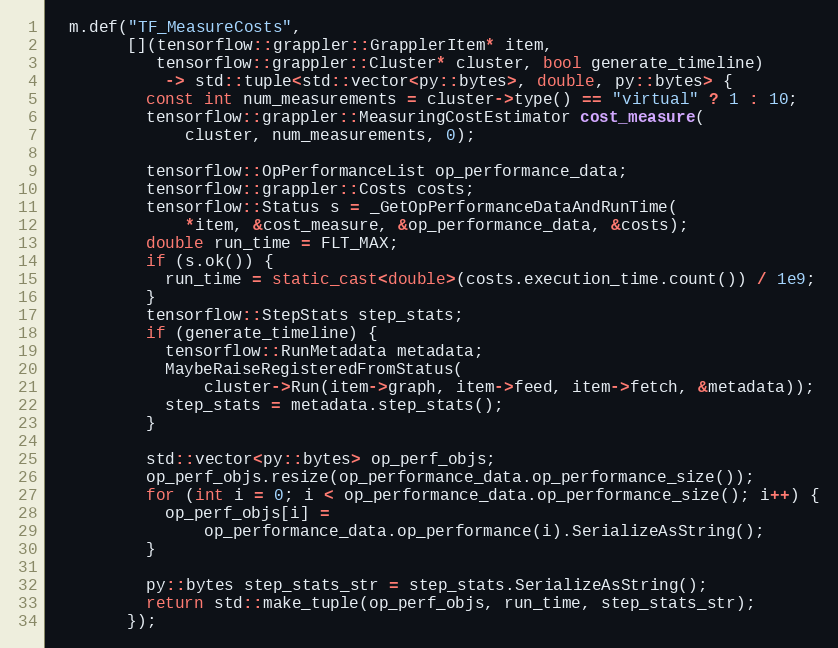
Language: C++
  m.def("TF_MeasureCosts",
        [](tensorflow::grappler::GrapplerItem* item,
           tensorflow::grappler::Cluster* cluster, bool generate_timeline)
            -> std::tuple<std::vector<py::bytes>, double, py::bytes> {
          const int num_measurements = cluster->type() == "virtual" ? 1 : 10;
          tensorflow::grappler::MeasuringCostEstimator cost_measure(
              cluster, num_measurements, 0);

          tensorflow::OpPerformanceList op_performance_data;
          tensorflow::grappler::Costs costs;
          tensorflow::Status s = _GetOpPerformanceDataAndRunTime(
              *item, &cost_measure, &op_performance_data, &costs);
          double run_time = FLT_MAX;
          if (s.ok()) {
            run_time = static_cast<double>(costs.execution_time.count()) / 1e9;
          }
          tensorflow::StepStats step_stats;
          if (generate_timeline) {
            tensorflow::RunMetadata metadata;
            MaybeRaiseRegisteredFromStatus(
                cluster->Run(item->graph, item->feed, item->fetch, &metadata));
            step_stats = metadata.step_stats();
          }

          std::vector<py::bytes> op_perf_objs;
          op_perf_objs.resize(op_performance_data.op_performance_size());
          for (int i = 0; i < op_performance_data.op_performance_size(); i++) {
            op_perf_objs[i] =
                op_performance_data.op_performance(i).SerializeAsString();
          }

          py::bytes step_stats_str = step_stats.SerializeAsString();
          return std::make_tuple(op_perf_objs, run_time, step_stats_str);
        });